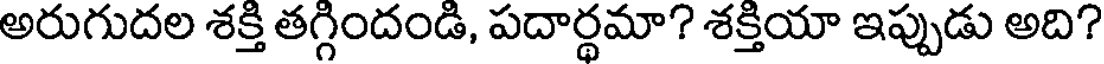
అరుగుదల శక్తి తగ్గిందండి, పదార్థమా? శక్తియా ఇప్పుడు అది?